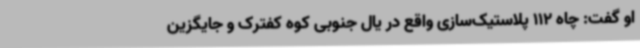
او گفت: چاه 112 پلاستیک‌سازی واقع در یال جنوبی کوه کفترک و جایگزین